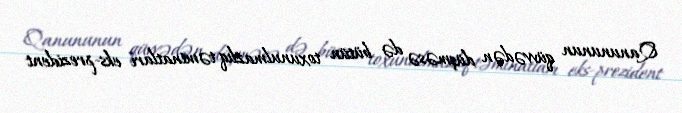
Qanununun qüvvədən düşməsə də bütün toxunulmazlıq təminatları eks-prezident